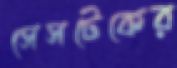
সেসটেকের